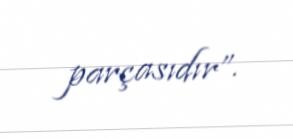
parçasıdır”.